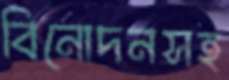
বিনোদনসহ